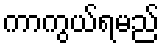
ကာကွယ်ရမည်